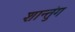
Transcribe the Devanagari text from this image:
शान्तुंग